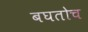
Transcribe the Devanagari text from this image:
बघतोच